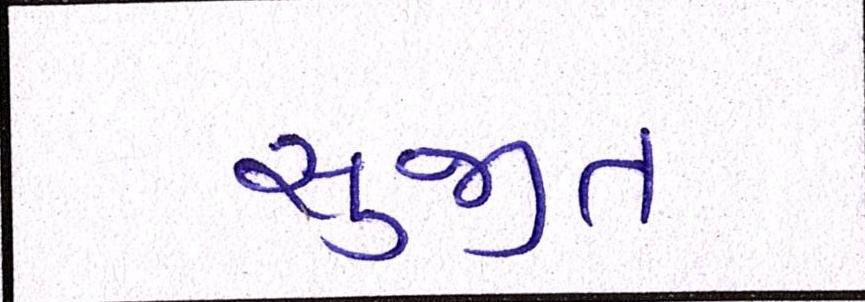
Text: સુજીત